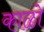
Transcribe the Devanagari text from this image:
काळो